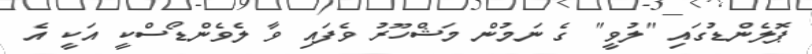
ޕޮލެންޑުގައި "ލުވީ" ގެ ނަމުން މަޝްހޫރު ވެފައި ވާ ލެވެންޑޯސްކީ އަކީ އެ